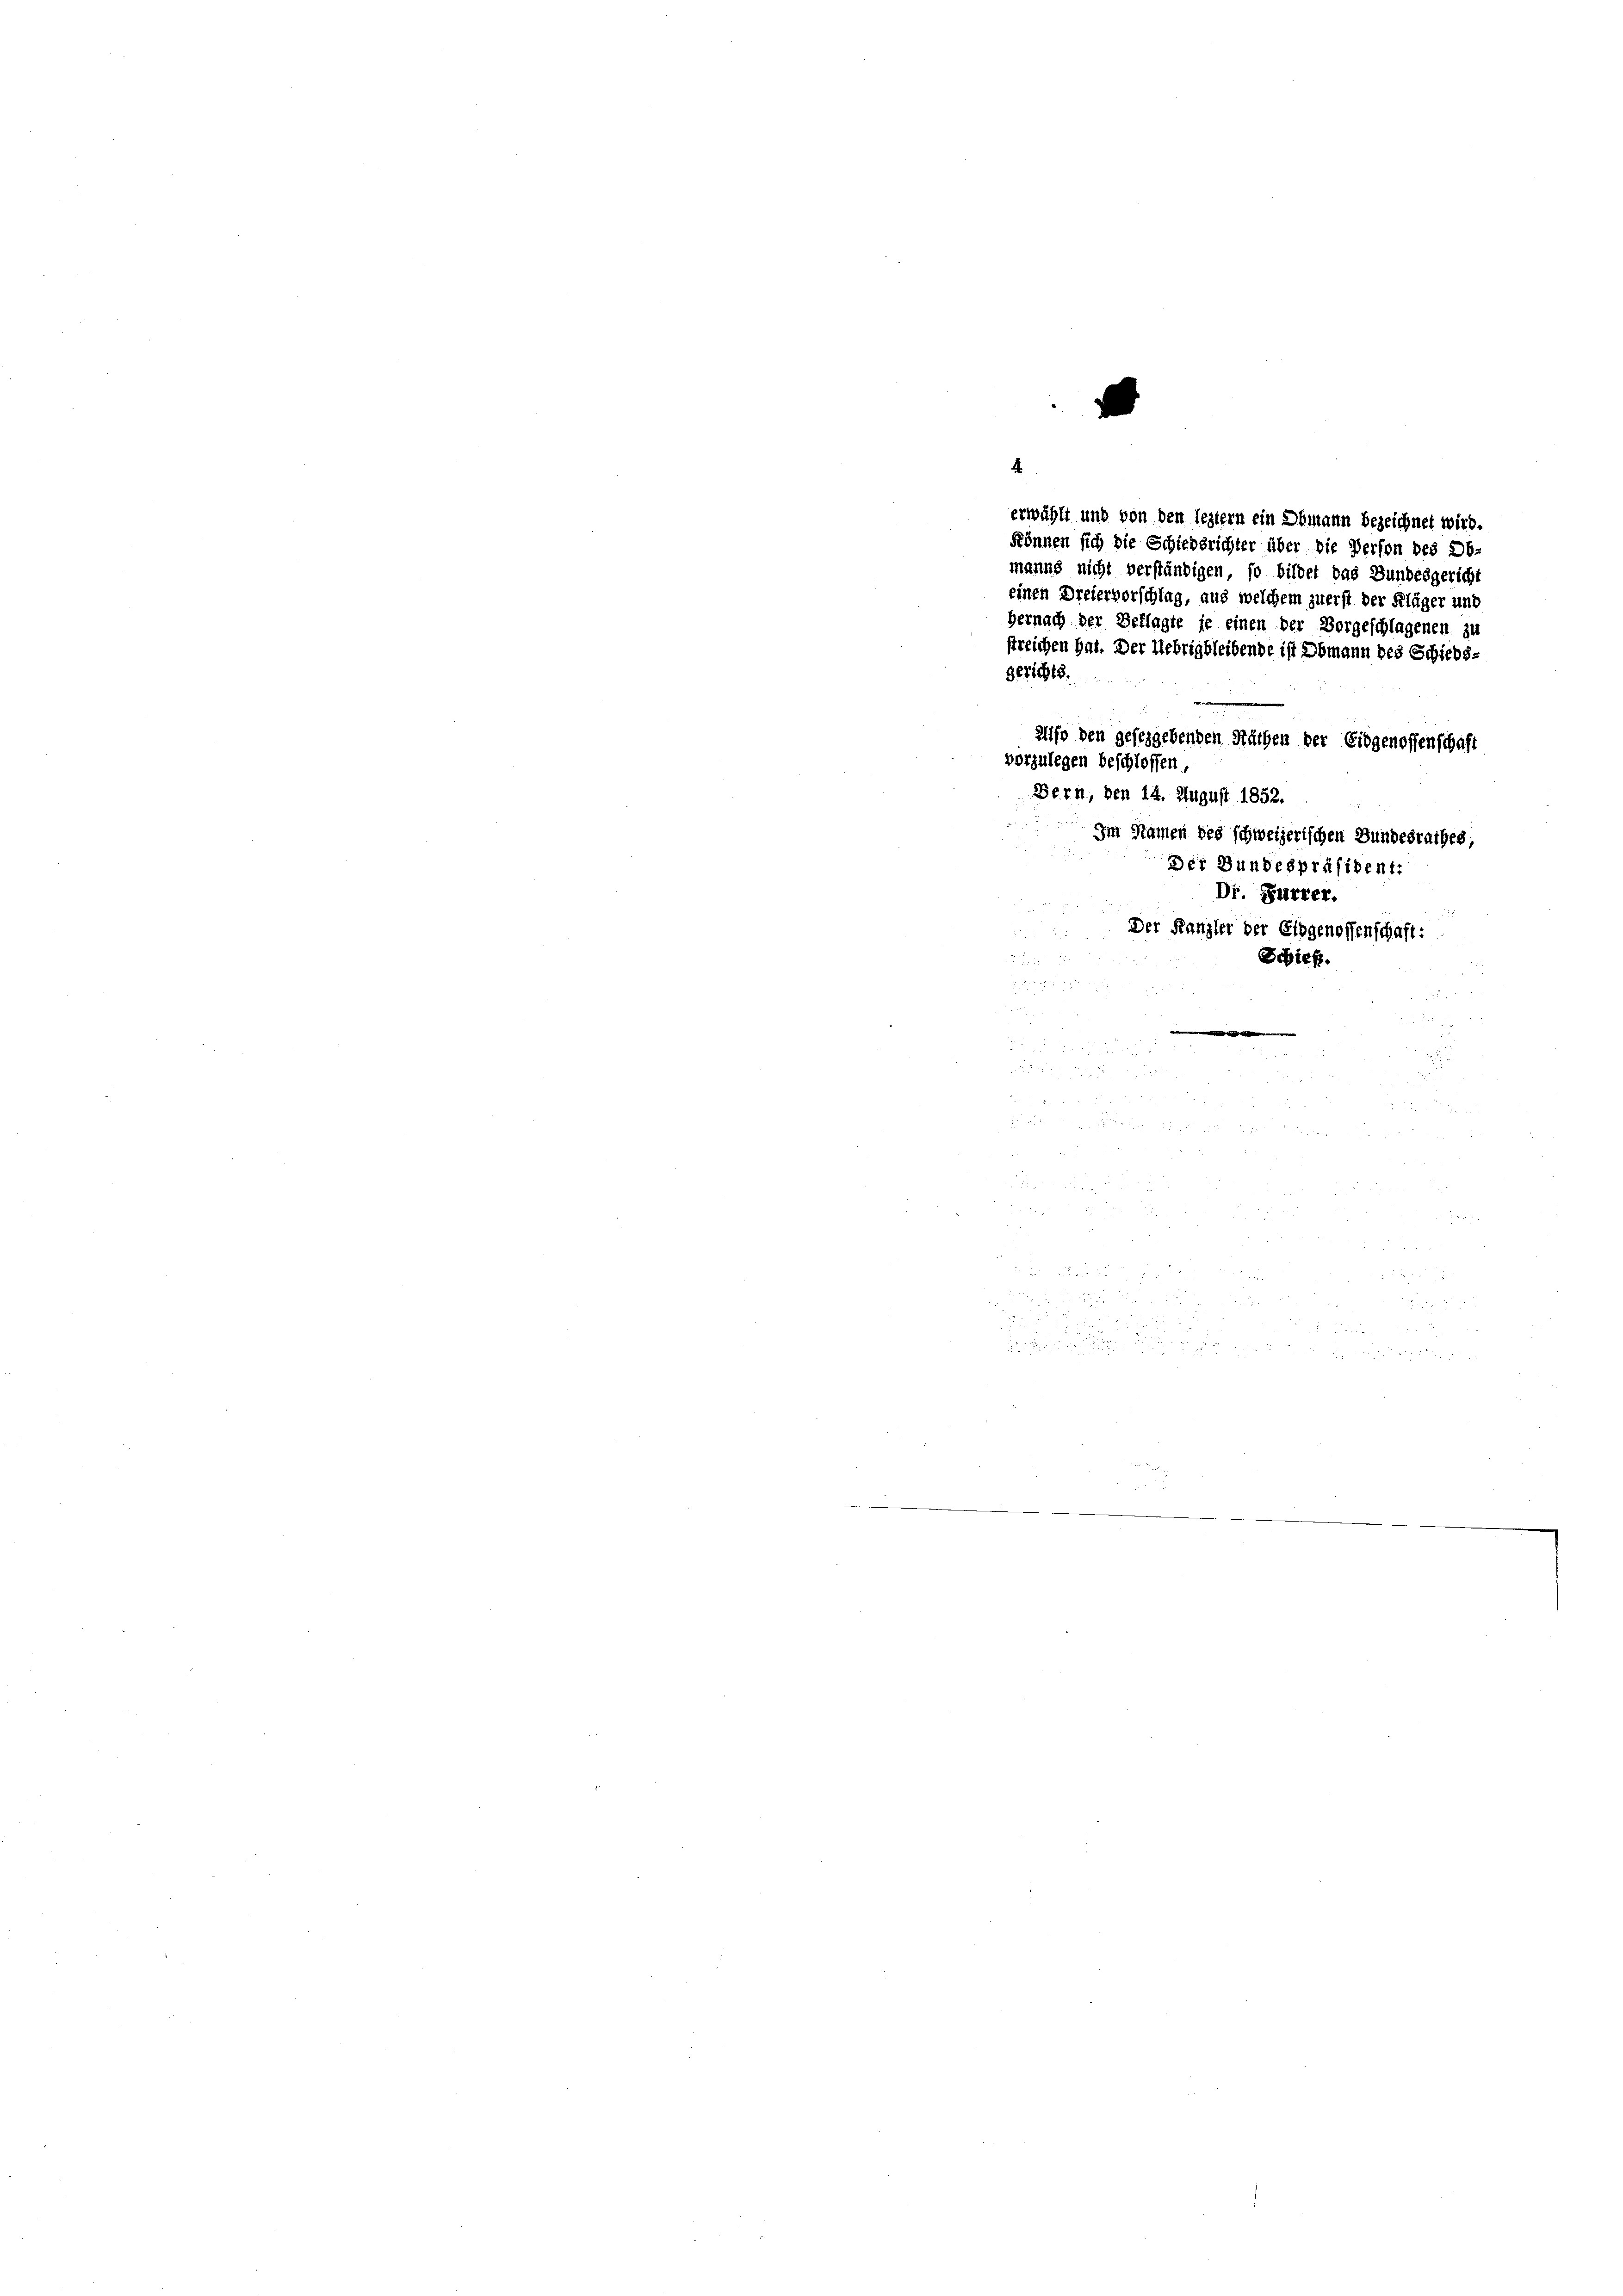
.

4
erwählt und von den leztern ein Obmann bezeichnet wird.
können sich die Schiedsrichter über die Person des Ob-
manns nicht verständigen, so bildet das Bundesgericht
einen Dreiervorschlag, aus welchem zuerst der Kläger und
Hernach der Beklagte je einen der Vorgeschlagenen zu
streichen hat. Der Uebrig bleibende ist Obmann des Schieds-
Gerichts.
alfo den geseggebenden Räthen der Eidgenossenschaft
vorzulegen beschlossen,
Bern, den 14. August 1852.
Im Namen des schweizerischen Bundesrathes,
Der Bundespräsident:
Dr. Furrer.
Der Kanzler der Eidgenossenschaft:
.
Schief.
.
e